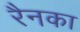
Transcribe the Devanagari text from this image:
रैनका